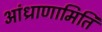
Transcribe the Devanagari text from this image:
आंध्राणामिति